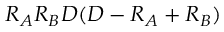
R _ { A } R _ { B } D ( D - R _ { A } + R _ { B } )